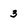
Character: 3